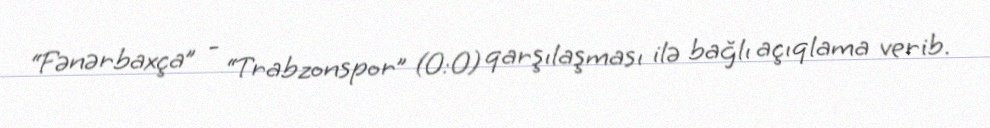
“Fənərbaxça” - “Trabzonspor” (0:0) qarşılaşması ilə bağlı açıqlama verib.